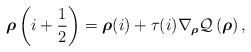
LaTeX: \begin{align*}\boldsymbol{\rho}\left(i+\frac{1}{2}\right)=\boldsymbol{\rho}(i)+\tau(i)\nabla_{\boldsymbol{\rho}} \mathcal{Q}\left(\boldsymbol{\rho}\right),\end{align*}